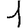
Digit: 1